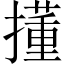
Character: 𫾍